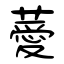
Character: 薆